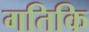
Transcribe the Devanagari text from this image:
गतिकि